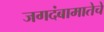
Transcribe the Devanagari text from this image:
जगदंबामातेचे